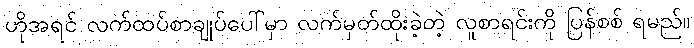
ဟိုအရင် လက်ထပ်စာချုပ်ပေါ်မှာ လက်မှတ်ထိုးခဲ့တဲ့ လူစာရင်းကို ပြန်စစ် ရမည်။